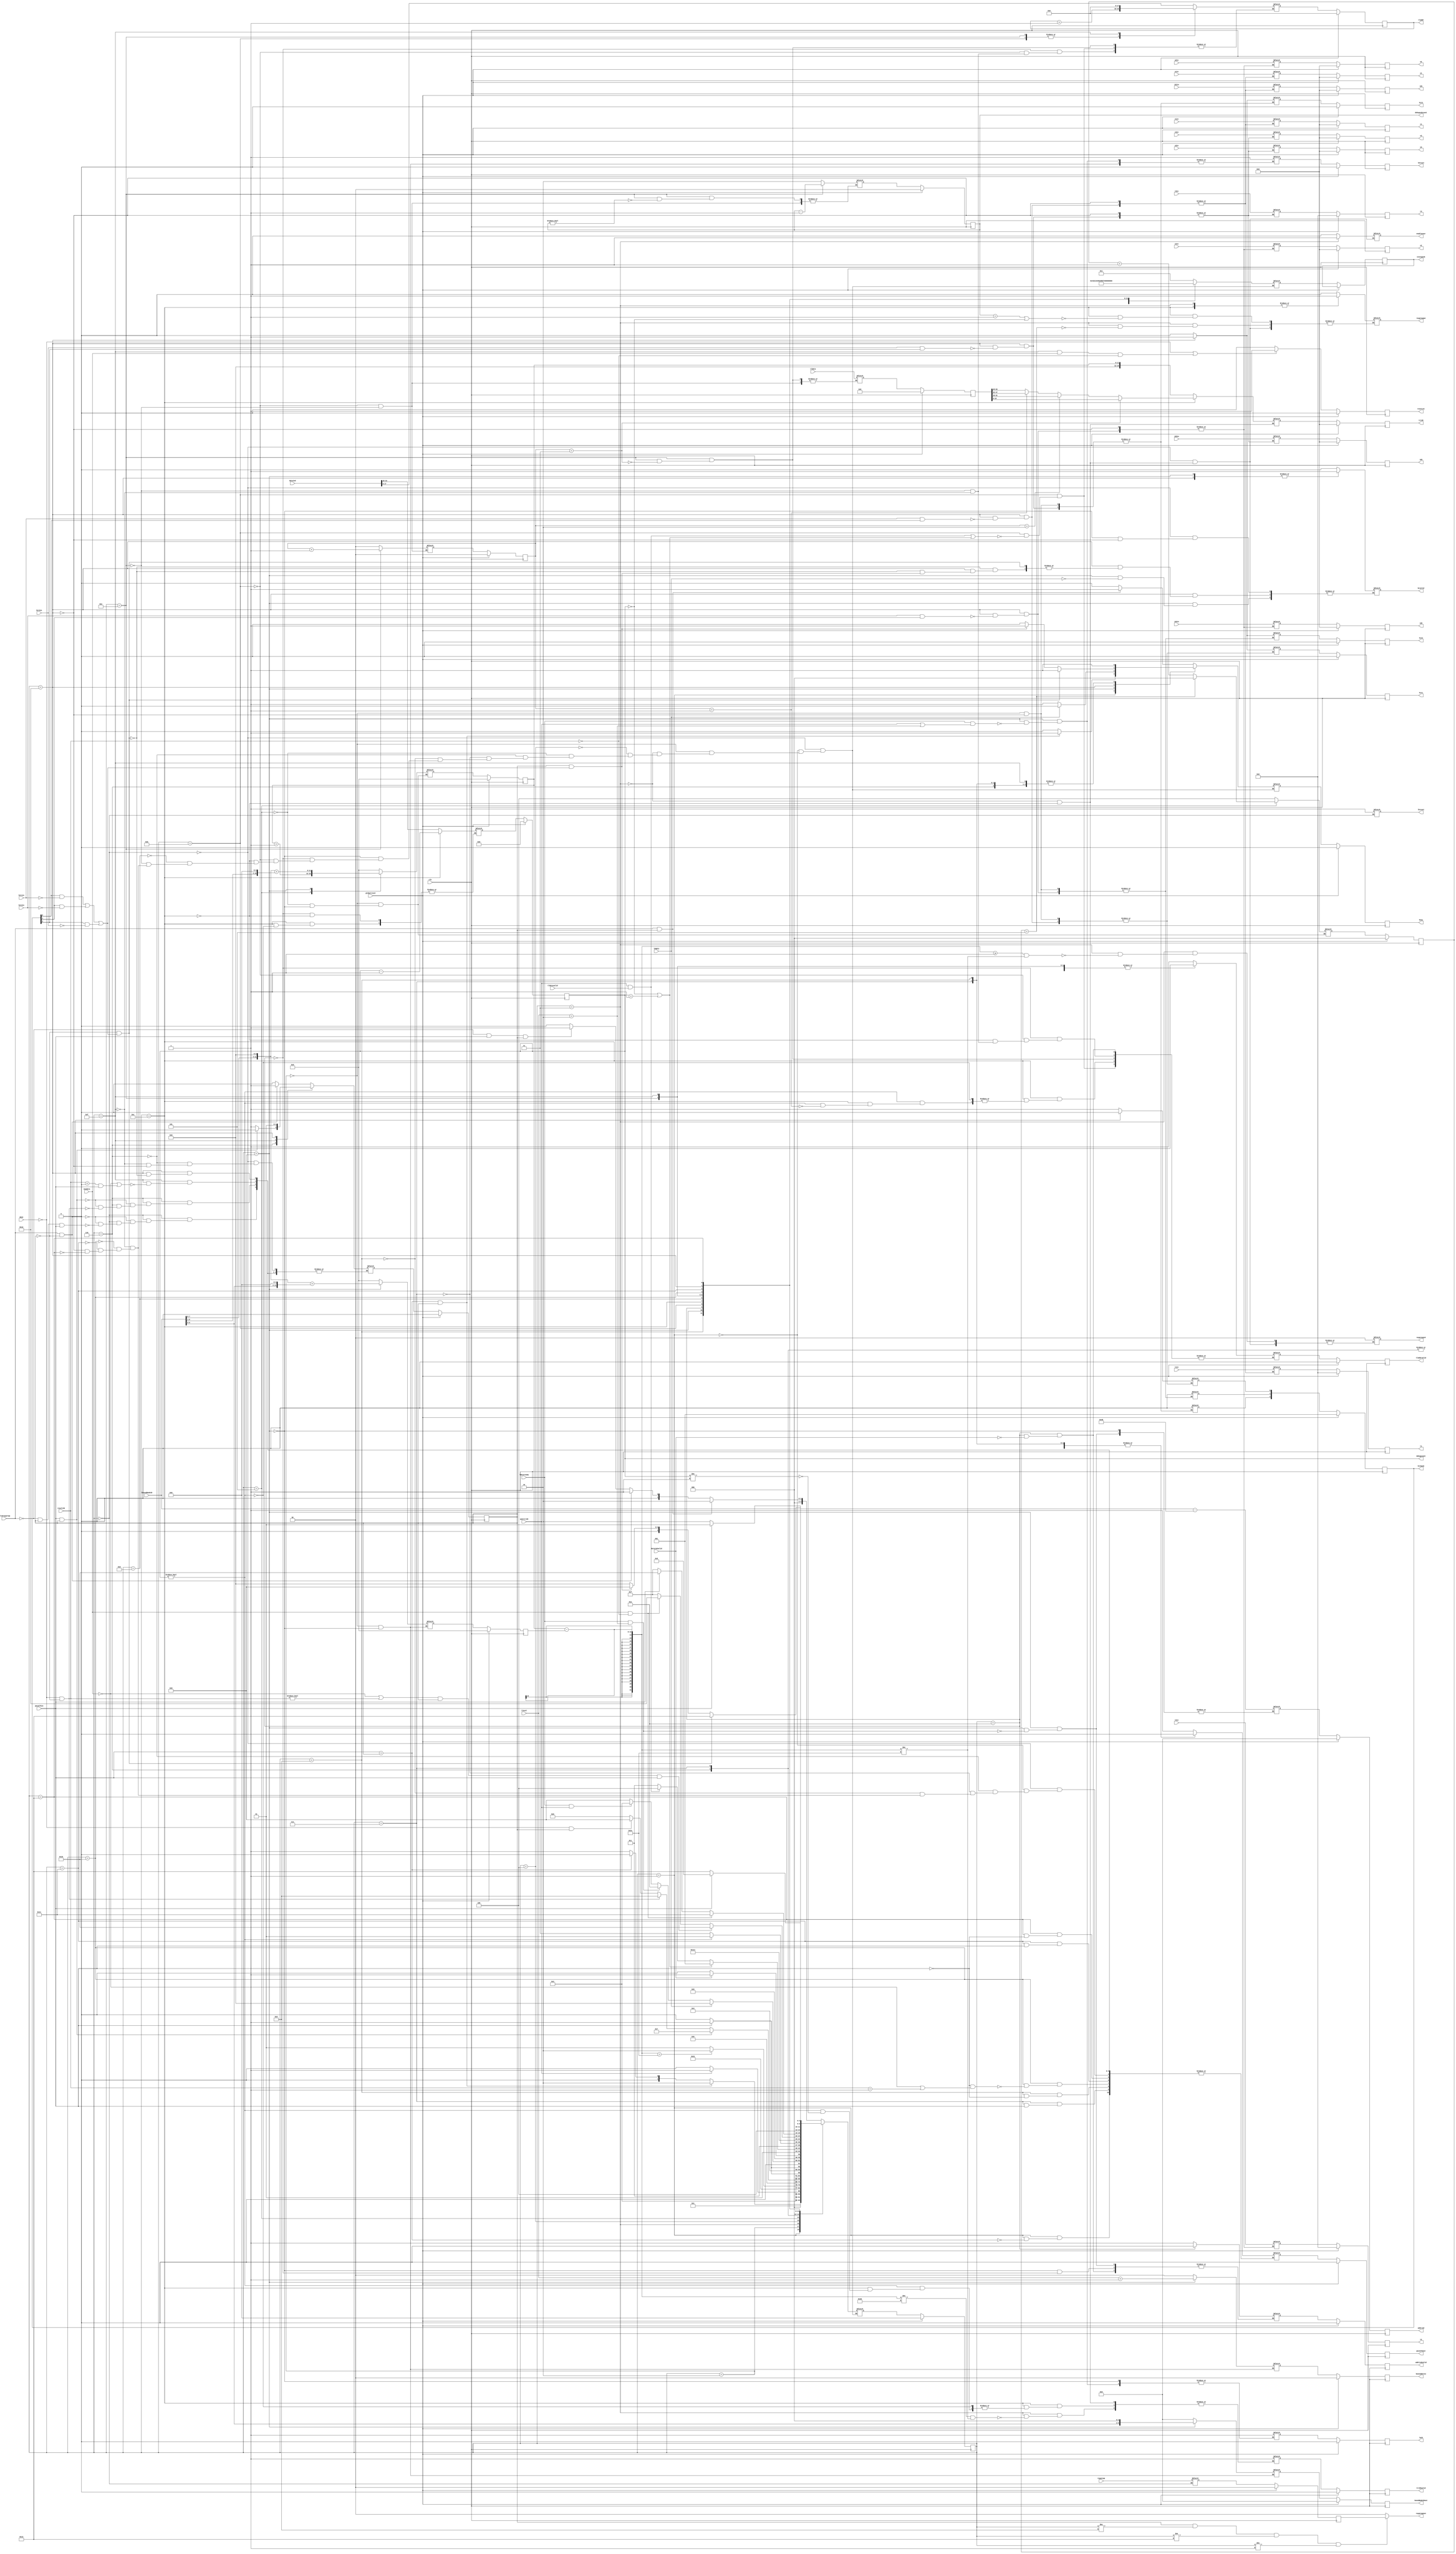
`define SIMULATION_MEMORY

module boundcontroller (raygroupout, raygroupwe, raygroupid, enablenear, raygroup, validraygroup, busy, triIDvalid, triID, wanttriID, l0reset, baseaddress, newdata, boundNodeIDout, resultID, hitmask, ldataready, lempty, llevel, lboundNodeID, lack, lhreset, addrind, addrindvalid, dataind, dataindvalid, tladdr, tladdrvalid, tldata, tldatavalid, t1in, t2in, t3in, u1in, u2in, u3in, v1in, v2in, v3in, id1in, id2in, id3in, hit1in, hit2in, hit3in, t1, t2, t3, u1, u2, u3, v1, v2, v3, id1, id2, id3, hit1, hit2, hit3, bcvalid, done, resetcnt, passCTSout, passCTSin, globalreset, clk, statepeek, debugsubcount, debugcount);

	output[1:0] raygroupout; 
	wire[1:0] raygroupout;
	output raygroupwe; 
	reg raygroupwe;
	output[1:0] raygroupid; 
	reg[1:0] raygroupid;
	output enablenear; 
	reg enablenear;
	input[1:0] raygroup; 
	input validraygroup; 
	output busy; 
	reg busy;
	reg temp_busy;
	output triIDvalid; 
	reg triIDvalid;
	output[15:0] triID; 
	reg[15:0] triID;
	input wanttriID; 
	output l0reset; 
	reg l0reset;
	output[1:0] baseaddress; 
	reg[1:0] baseaddress;
	input newdata; 
	output[9:0] boundNodeIDout; 
	reg[9:0] boundNodeIDout;
	input[1:0] resultID; 
	output[2:0] hitmask; 
	reg[2:0] hitmask;
	input ldataready; 
	input lempty; 
	input[1:0] llevel; 
	input[9:0] lboundNodeID; 
	output lack; 
	reg lack;
	output lhreset; 
	reg lhreset;
	output[9:0] addrind; 
	reg[9:0] addrind;
	output addrindvalid; 
	reg addrindvalid;
	input[31:0] dataind; 
	input dataindvalid; 
	output[17:0] tladdr; 
	reg[17:0] tladdr;
	output tladdrvalid; 
	reg tladdrvalid;
	input[63:0] tldata; 
	input tldatavalid; 
	input[31:0] t1in; 
	input[31:0] t2in; 
	input[31:0] t3in; 
	input[15:0] u1in; 
	input[15:0] u2in; 
	input[15:0] u3in; 
	input[15:0] v1in; 
	input[15:0] v2in; 
	input[15:0] v3in; 
	input[15:0] id1in; 
	input[15:0] id2in; 
	input[15:0] id3in; 
	input hit1in; 
	input hit2in; 
	input hit3in; 
	output[31:0] t1; 
	reg[31:0] t1;
	output[31:0] t2; 
	reg[31:0] t2;
	output[31:0] t3; 
	reg[31:0] t3;
	output[15:0] u1; 
	reg[15:0] u1;
	output[15:0] u2; 
	reg[15:0] u2;
	output[15:0] u3; 
	reg[15:0] u3;
	output[15:0] v1; 
	reg[15:0] v1;
	output[15:0] v2; 
	reg[15:0] v2;
	output[15:0] v3; 
	reg[15:0] v3;
	output[15:0] id1; 
	reg[15:0] id1;
	output[15:0] id2; 
	reg[15:0] id2;
	output[15:0] id3; 
	reg[15:0] id3;
	output hit1; 
	reg hit1;
	output hit2; 
	reg hit2;
	output hit3; 
	reg hit3;
	output bcvalid; 
	reg bcvalid;
	input[1:0] done; 
	output resetcnt; 
	reg resetcnt;
	output passCTSout; 
	reg passCTSout;
	input passCTSin; 
	input globalreset; 
	input clk; 
	output[4:0] statepeek; 
	reg[4:0] statepeek;
	output[1:0] debugsubcount; 
	wire[1:0] debugsubcount;
	output[13:0] debugcount; 
	wire[13:0] debugcount;

	reg[4:0] state; 
	reg[4:0] next_state; 
	reg cts; 
	reg[11:0] addr; 
	reg[11:0] startAddr; 
	reg[2:0] resetcount; 
	reg[1:0] raygroupoutl; 
	// Leaf Node Signals
	reg[13:0] count; 
	reg[63:0] triDatalatch; 
	reg[1:0] subcount; 
	reg[1:0] maskcount; 

	reg[4:0] temp_statepeek;
	reg [1:0]temp_raygroupoutl ;
	reg temp_cts ;
	reg temp_passCTSout ;
	reg [2:0]temp_resetcount ;
	reg temp_l0reset ;
	reg [11:0]temp_addr ;
	reg [11:0]temp_startAddr ;
	reg [9:0]temp_boundNodeIDout ;
	reg [1:0]temp_baseaddress ;
	reg [2:0]temp_hitmask ;
	reg temp_hit1 ;
	reg temp_hit2 ;
	reg temp_hit3 ;
	reg temp_triIDvalid ;
	reg [15:0]temp_triID ;
	reg temp_lack ;
	reg [9:0]temp_addrind ;
	reg temp_addrindvalid ;
	reg temp_tladdrvalid ;
	reg [17:0]temp_tladdr ;
	reg [13:0]temp_count ;
	reg [1:0]temp_subcount ;
	reg [1:0]temp_maskcount ;
	reg [63:0]temp_triDatalatch ;
	reg [31:0]temp_t1 ;
	reg [15:0]temp_u1 ;
	reg [15:0]temp_v1 ;
	reg [15:0]temp_id1 ;
	reg [31:0]temp_t2 ;
	reg [15:0]temp_u2 ;
	reg [15:0]temp_v2 ;
	reg [15:0]temp_id2 ;
	reg [31:0]temp_t3 ;
	reg [15:0]temp_u3 ;
	reg [15:0]temp_v3 ;
	reg [15:0]temp_id3 ;

	assign debugsubcount = subcount ;
	assign debugcount = count ;
	assign raygroupout = (cts == 1'b1 & state != 8 & state != 19 & state != 1) ? raygroupoutl : 2'b00 ;

	always @(posedge clk)
	begin
		if (globalreset == 1'b1)
		begin
			state <= 0 ; 
			raygroupoutl <= 0;
			cts <= 1'b0 ; 
			passCTSout <= 1'b0 ; 
			addr <= 0;
			startAddr <= 0;
			boundNodeIDout <= 0;
			resetcount <= 0;
			hitmask <= 1;
			lack <= 1'b0 ; 
			baseaddress <= 0;
			l0reset <= 1'b0 ; 
			resetcnt <= 1'b0 ; 
			triIDvalid <= 1'b0 ; 
			triID <= 0;
			addrind <= 0;
			addrindvalid <= 1'b0 ; 
			tladdrvalid <= 1'b0 ; 
			tladdr <= 0;
			triDatalatch <= 0;
			maskcount <= 0;
			subcount <= 0;
			count <= 0;
			hit1 <= 1'b0 ; 
			hit2 <= 1'b0 ; 
			hit3 <= 1'b0 ; 
			t1 <= 0;
			t2 <= 0;
			t3 <= 0;
			u1 <= 0;
			u2 <= 0;
			u3 <= 0;
			v1 <= 0;
			v2 <= 0;
			v3 <= 0;
			id1 <= 0;
			id2 <= 0;
			id3 <= 0;
			busy <= 1'b0 ; 
		end
		else
		begin
			state <= next_state ; 
			busy <= temp_busy;
			if ((done == 2'b00) | (state == 15 & newdata == 1'b1 & resultID == 2'b00))
			begin
				resetcnt <= 1'b1 ; 
			end
			else
			begin
				resetcnt <= 1'b0 ; 
			end 

			statepeek <= temp_statepeek;
			raygroupoutl <= temp_raygroupoutl ;
			cts <= temp_cts ;
			passCTSout <= temp_passCTSout ;
			resetcount <= temp_resetcount ;
			l0reset <= temp_l0reset ;
			addr <= temp_addr ;
			startAddr <= temp_startAddr ;
			boundNodeIDout <= temp_boundNodeIDout ;
			baseaddress <= temp_baseaddress ;
			hitmask <= temp_hitmask ;
			hit1 <= temp_hit1 ;
			hit2 <= temp_hit2 ;
			hit3 <= temp_hit3 ;
			triIDvalid <= temp_triIDvalid ;
			triID <= temp_triID ;
			lack <= temp_lack ;
			addrind <= temp_addrind ;
			addrindvalid <= temp_addrindvalid ;
			tladdr <= temp_tladdr ;
			tladdrvalid <= temp_tladdrvalid ;
			count <= temp_count ;
			subcount <= temp_subcount ;
			maskcount <= temp_maskcount ;
			triDatalatch <= temp_triDatalatch ;
			t1 <= temp_t1 ;
			u1 <= temp_u1 ;
			v1 <= temp_v1 ;
			id1 <= temp_id1 ;
			t2 <= temp_t2 ;
			u2 <= temp_u2 ;
			v2 <= temp_v2 ;
			id2 <= temp_id2 ;
			t3 <= temp_t3 ;
			u3 <= temp_u3 ;
			v3 <= temp_v3 ;
			id3 <= temp_id3 ;
		end
	end



	always @*
	begin
		case (state)
		0 :
		begin
			raygroupid = 0;
			enablenear = 1'b0 ; 
			raygroupwe = 1'b0 ; 
			bcvalid = 1'b0 ; 

			lhreset = 1'b1 ; 
			if (validraygroup == 1'b1 & cts == 1'b1)
			begin
				next_state = 2 ; 
				temp_busy = 1'b1 ; 
			end
			else if (validraygroup == 1'b1 & cts == 1'b0)
			begin
				next_state = 1 ; 
				temp_busy = 1'b0 ; 
			end
			else if (validraygroup == 1'b0 & passCTSin == 1'b1 & cts == 1'b1)
			begin
				next_state = 1 ; 
				temp_busy = 1'b0 ; 
			end
			else
			begin
				next_state = 0 ; 
				temp_busy = 1'b0 ; 
			end 

			temp_statepeek = 5'b00001 ; 
			//
			temp_raygroupoutl = raygroup ; 
			if (validraygroup == 1'b1 & cts == 1'b0)
			begin
				temp_cts = 1'b1 ; 
				temp_passCTSout = 1'b1 ; 
			end
			else if (validraygroup == 1'b0 & cts == 1'b1 & passCTSin == 1'b1)
			begin
				temp_cts = 1'b0 ; 
				temp_passCTSout = 1'b1 ; 
			end 

		end
		1 :
		begin
			if ((passCTSin == cts) & (cts == 1'b1))
			begin
				next_state = 2 ; 
				temp_busy = 1'b1 ; 
			end
			else if (passCTSin == cts)
			begin
				next_state = 0 ; 
				temp_busy = 1'b0 ; 
			end
			else
			begin
				next_state = 1 ; 
				temp_busy = 1'b0 ; 
			end 

			temp_statepeek = 5'b00010 ; 
			//
			if (passCTSin == cts)
			begin
				temp_passCTSout = 1'b0 ; 
			end 

		end
		2 :
		begin
			if (wanttriID == 1'b1)
			begin
				next_state = 3 ; 
				temp_busy = 1'b1 ; 
			end
			else
			begin
				next_state = 2 ; 
				temp_busy = 1'b1 ; 
			end 

			temp_statepeek = 5'b00011 ; 
			//
			temp_resetcount = 3'b100 ; 
			temp_l0reset = 1'b1 ; 
			temp_addr = 0;
			temp_startAddr = 0;
			temp_boundNodeIDout = 0;
			temp_baseaddress = 0;
			temp_hitmask = 1;
			temp_hit1 = 1'b0 ; 
			temp_hit2 = 1'b0 ; 
			temp_hit3 = 1'b0 ; 
		end
		3 :
		begin
			if ((addr - startAddr >= 1) & (addr - startAddr != 49))
			begin
				raygroupid = 2'b00 ; 
			end 
				next_state = 4 ; 
				temp_busy = 1'b1 ; 
			if (resetcount == 5)
			begin
				raygroupwe = 1'b1 ;                                                         
			end 
			enablenear = 1'b1 ; 
			temp_statepeek = 5'b00100 ; 
			//
			if ((addr - startAddr != 48) & (addr - startAddr != 49))
			begin
				temp_triIDvalid = 1'b1 ; 
			end 
			temp_triID = {4'b0000, addr} ; 
		end
		4 :
		begin
			if (addr - startAddr == 49)
			begin
				next_state = 6 ; 
				temp_busy = 1'b1 ; 
			end
			else
			begin
				next_state = 5 ; 
				temp_busy = 1'b1 ; 
			end 

			temp_statepeek = 5'b00101 ;
		end
		5 :
		begin
			next_state = 3 ; 
			temp_busy = 1'b1 ; 

			temp_statepeek = 5'b00111 ;
			//
			temp_addr = addr + 1 ; 
			if (resetcount == 5)
			begin
				temp_resetcount = 3'b000 ; 
			end
			else
			begin
				temp_resetcount = resetcount + 1 ; 
			end 

		end
		6 :
		begin
			if (passCTSin == 1'b1 & cts == 1'b1)
			begin             
				next_state = 7;
				temp_busy = 1'b1 ; 
			end
			else if (done == 2'b00 & cts == 1'b0)
			begin
				next_state = 8;
				temp_busy = 1'b1 ; 
			end
			else if (done == 2'b00 & cts == 1'b1)
			begin
				next_state = 9;
				temp_busy = 1'b1 ; 
			end
			else
			begin
				next_state = 6;
				temp_busy = 1'b1 ; 
			end 

			temp_statepeek = 5'b01001 ;
			//
			if (passCTSin == 1'b1 & cts == 1'b1)
			begin
				temp_cts = 1'b0 ; 
				temp_passCTSout = 1'b1 ; 
			end
			else if (done == 2'b00 & cts == 1'b0)
			begin
				temp_cts = 1'b1 ; 
				temp_passCTSout = 1'b1 ; 
			end 

		end
		7 :
		begin
			if (passCTSin == 0)
			begin
				next_state = 6;
				temp_busy = 1'b1 ; 
			end
			else
			begin
				next_state = 7;
				temp_busy = 1'b1 ; 
			end 

			temp_statepeek = 5'b01001 ;
			//
			if (passCTSin == 1'b0)
			begin
				temp_passCTSout = 1'b0 ; 
			end 

		end
		8 :
		begin
			if (passCTSin == 1)
			begin
				next_state = 9;
				temp_busy = 1'b1 ; 
			end
			else
			begin
				next_state = 8 ; 
				temp_busy = 1'b1 ; 
			end 

			temp_statepeek = 5'b01010 ;
			//
			if (passCTSin == 1'b1)
			begin
				temp_passCTSout = 1'b0 ; 
			end 
		end
		9 :
		begin
			if (lempty == 1'b1)
			begin
				next_state = 0 ; 
				temp_busy = 1'b0 ; 
				bcvalid = 1'b1 ; 
			end
			else if (ldataready == 1'b1 & llevel == 2'b10)
			begin
				next_state = 10 ; 
				temp_busy = 1'b1 ; 
			end
			else if (ldataready == 1'b1 & wanttriID == 1'b1)
			begin
				next_state = 3 ; 
				temp_busy = 1'b1 ; 
			end
			else
			begin
				next_state = 9 ; 
				temp_busy = 1'b1 ; 
			end 

			temp_statepeek = 5'b01011 ;
			//
			temp_resetcount = 3'b100 ; 
			temp_baseaddress = llevel + 1 ; 
			// boundNodeIDout = (lBoundNodeID+1)(6 downto 0) & "000";
			//boundNodeIDout = {(lboundNodeID + 1)[6:0], 3'b000} ; 
			temp_boundNodeIDout = {lboundNodeID[6:0], 3'b000} ; 
			//          temp_addr = (((lBoundNodeID+1)(7 downto 0) & "0000")+
			//                   ((lBoundNodeID+1)(6 downto 0) & "00000")) (11 downto 0);
			//temp_addr = (({(lboundNodeID + 1)[7:0], 4'b0000}) + ({(lboundNodeID + 1)[6:1], 5'b00000}))[11:0] ; 
			temp_addr = (({lboundNodeID[7:0], 4'b0000}) + ({lboundNodeID[6:1], 5'b00000})); 
			//          startaddr = (((lBoundNodeID+1)(7 downto 0) & "0000")+
			//                        ((lBoundNodeID+1)(6 downto 0) & "00000")) (11 downto 0);
			//startAddr = (({(lboundNodeID + 1), 4'b0000}) + ({(lboundNodeID + 1), 5'b00000})) ; 
			temp_startAddr = (({lboundNodeID, 4'b0000}) + ({lboundNodeID, 5'b00000})) ; 
			if (ldataready == 1'b1 & (wanttriID == 1'b1 | llevel == 2'b10))
			begin
				temp_lack = 1'b1 ; 
				temp_l0reset = 1'b1 ; 
			end 
			
			if (ldataready == 1'b1 & llevel == 2'b10)
			begin
				temp_addrind = lboundNodeID - 72 ; 
				temp_addrindvalid = 1'b1 ; 
			end 
		end
		10 :
		begin
			if (dataindvalid == 1'b1)
			begin
				next_state = 11 ; 
				temp_busy = 1'b1 ; 
			end
			else
			begin
				next_state = 10 ; 
				temp_busy = 1'b1 ; 
			end 

			temp_statepeek = 5'b01100 ;
			//

			temp_tladdr = dataind[17:0] ; 
			temp_count = dataind[31:18] ; 
			if (dataindvalid == 1'b1)
			begin
				temp_addrindvalid = 1'b0 ; 
				temp_tladdrvalid = 1'b1 ; 
			end 

		end
		11 :
		begin
			if (count == 0 | count == 1)
			begin
				next_state = 9 ; 
				temp_busy = 1'b1 ; 
			end
			else if (wanttriID == 1'b1 & tldatavalid == 1'b1)
			begin
				next_state = 12 ; 
				temp_busy = 1'b1 ; 
			end
			else
			begin
				next_state = 11 ; 
				temp_busy = 1'b1 ; 
			end 

			temp_statepeek = 5'b01101 ;
			//

			temp_triDatalatch = tldata ; 
			temp_subcount = 2'b10 ; 
			temp_maskcount = 2'b00 ; 
			if ((wanttriID == 1'b1 & tldatavalid == 1'b1) | (count == 0 | count == 1))
			begin
				temp_tladdr = tladdr + 1 ; 
				temp_tladdrvalid = 1'b0 ; 
			end 

		end
		12 :
		begin
			if (count != 0)
			begin
				next_state = 13 ; 
				temp_busy = 1'b1 ; 
			end
			else
			begin
				next_state = 15 ; 
				temp_busy = 1'b1 ; 
			end 
			if (subcount == 2'b01)
			begin
				raygroupid = 2'b00 ; 
			end
			else
			begin
				raygroupid = 2'b00 ; 
			end 
			enablenear = 1'b0 ; 
			if (subcount == 2'b01 | count == 0)
			begin
				raygroupwe = 1'b1 ; 
			end 

			temp_statepeek = 5'b01110 ; 
			//

			if (maskcount == 2'b11)
			begin
			//            triID = triDataLatch(15 downto 0);
				temp_triID = triDatalatch[15:0] ; 
			end
			else if (maskcount == 2'b10)
			begin
			//            triID = triDataLatch(31 downto 16);
				temp_triID = triDatalatch[31:16] ; 
			end
			else if (maskcount == 2'b01)
			begin
			//            triID = triDataLatch(47 downto 32);
				temp_triID = triDatalatch[47:32] ; 
			end
			else
			begin
			//            triID = triDataLatch(63 downto 48);
				temp_triID = triDatalatch[63:48] ; 
			end 
			if (count != 0)
			begin
				temp_count = count - 1 ; 
				if (count != 1)
				begin
					temp_triIDvalid = 1'b1 ; 
				end 

				if (maskcount == 2'b01)
				begin                        
					temp_tladdrvalid = 1'b1 ;      
				end         
			end             

		end
		13 :
		begin
			next_state = 14 ; 
			temp_busy = 1'b1 ; 

			temp_statepeek = 5'b01111 ; 
		end
		14 :
		begin
			next_state = 12 ; 
			temp_busy = 1'b1 ; 
			temp_statepeek = 5'b10000 ; 
			//

			if (subcount != 0)
			begin           
				temp_subcount = subcount - 1 ;
			end 
			if (maskcount == 2'b11)
			begin
				temp_tladdr = tladdr + 1 ; 
				temp_tladdrvalid = 1'b0 ; 
				temp_triDatalatch = tldata ; 
			end 
			temp_maskcount = maskcount + 1 ; 

		end
		15 :
		begin
			if ((newdata == 1'b0 | resultID != 2'b00) & cts == 1'b1 & passCTSin == 1'b1)
			begin
				next_state = 16 ; 
				temp_busy = 1'b1 ; 
			end
			else if (newdata == 1'b1 & resultID == 2'b00)
			begin
				next_state = 18 ; 
				temp_busy = 1'b1 ; 
			end
			else
			begin
				next_state = 15 ; 
				temp_busy = 1'b1 ; 
			end 
			temp_statepeek = 5'b10001 ; 
			//
			temp_tladdr = 0;
			temp_tladdrvalid = 0;
			if ((newdata == 0) | (resultID < 2'b00) & (passCTSin == 1))
			begin
				temp_cts = 0;
				temp_passCTSout = 1;
			end 

		end
		16 :
		begin
			if (newdata == 1'b1 & resultID == 2'b00)
			begin
				next_state = 17 ; 
				temp_busy = 1'b1 ; 
			end
			else if (passCTSin == 1'b0)
			begin
				next_state = 15 ; 
				temp_busy = 1'b1 ; 
			end
			else
			begin
				next_state = 16 ; 
				temp_busy = 1'b1 ; 
			end 
			temp_statepeek = 5'b10010 ; 
			//
			if ((passCTSin == 0) & ((newdata == 0) | (resultID == 1)))
			begin
				temp_passCTSout = 0;
			end 

		end
		17 :
		begin
			if (passCTSin == 1'b0)
			begin
				next_state = 18 ; 
				temp_busy = 1'b1 ; 
			end
			else
			begin
				next_state = 17 ; 
				temp_busy = 1'b1 ; 
			end 
			temp_statepeek = 5'b10011 ; 
			//
			if (passCTSin == 0)
			begin
				temp_passCTSout = 0;
			end 


		end
		18 :
		begin
			if (cts == 1'b0 & (((hitmask[0]) == 1'b1 & hit1in == 1'b0) | ((hitmask[1]) == 1'b1 & hit2in == 1'b0) | ((hitmask[2]) == 1'b1 & hit3in == 1'b0)))
			begin
				next_state = 19 ; 
				temp_busy = 1'b1 ; 
			end
			else if (cts == 1'b1 & (((hitmask[0]) == 1'b1 & hit1in == 1'b0) | ((hitmask[1]) == 1'b1 & hit2in == 1'b0) | ((hitmask[2]) == 1'b1 & hit3in == 1'b0)))
			begin
				next_state = 9 ; 
				temp_busy = 1'b1 ; 
			end
			else
			begin
				next_state = 0 ; 
				temp_busy = 1'b0 ; 
				bcvalid = 1'b1 ; 
			end 
			temp_statepeek = 5'b10100 ; 
			//



			if (hit1in == 1'b1 & (hitmask[0]) == 1'b1)
			begin
				temp_t1 = t1in;
				temp_u1 = u1in;
				temp_v1 = v1in;
				temp_id1 = id1in;
				temp_hit1 = 1'b1;
				temp_hitmask[0] = 1'b0 ; 
			end 
			if (hit2in == 1'b1 & (hitmask[1]) == 1'b1)
			begin
				temp_t2 = t2in ; 
				temp_u2 = u2in ; 
				temp_v2 = v2in ; 
				temp_id2 = id2in ; 
				temp_hit2 = 1'b1 ; 
				temp_hitmask[1] = 1'b0 ; 
			end 
			if (hit3in == 1'b1 & (hitmask[2]) == 1'b1)
			begin
				temp_t3 = t3in ; 
				temp_u3 = u3in ; 
				temp_v3 = v3in ; 
				temp_id3 = id3in ; 
				temp_hit3 = 1'b1 ; 
				temp_hitmask[2] = 1'b0 ; 
			end 
			if (cts == 1'b0 & (((hitmask[0]) == 1'b1 & hit1in == 1'b0) | ((hitmask[1]) == 1'b1 & hit2in == 1'b0) | ((hitmask[2]) == 1'b1 & hit3in == 1'b0)))
			begin
				temp_passCTSout = 1'b1 ; 
				temp_cts = 1'b1 ; 
			end 

		end
		19 :
		begin
			if (passCTSin == 1'b0)
			begin
				next_state = 19 ; 
				temp_busy = 1'b1 ; 
			end
			else
			begin
				next_state = 9 ; 
				temp_busy = 1'b1 ; 
			end 
			temp_statepeek = 5'b10101 ; 
			//
			if (passCTSin == 1'b1)
			begin
				temp_passCTSout = 1'b0 ; 
			end 

		end
		endcase 
	end 
endmodule